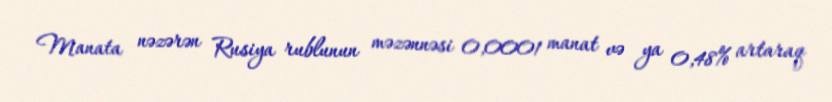
Manata nəzərən Rusiya rublunun məzənnəsi 0,0001 manat və ya 0,48% artaraq